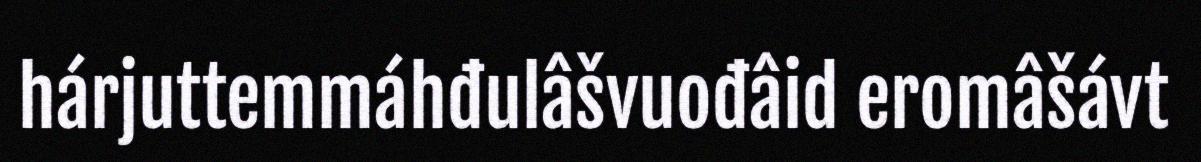
hárjuttemmáhđulâšvuođâid eromâšávt